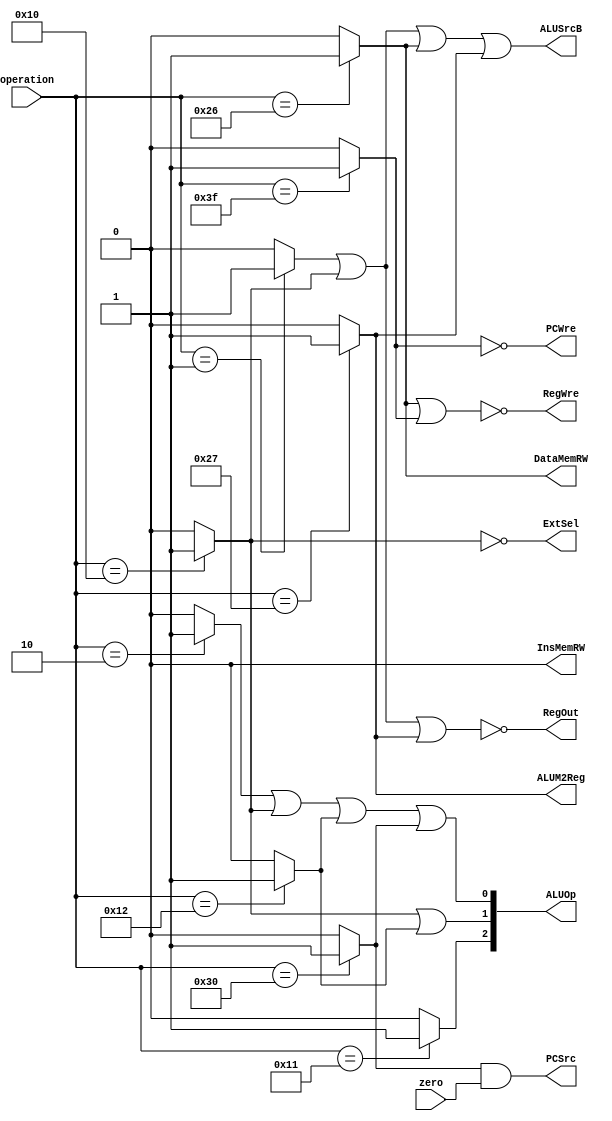
`timescale 1ns / 1ps
//////////////////////////////////////////////////////////////////////////////////
// Company: 
// Engineer: 
// 
// Design Name: 
// Module Name:    ControlUnit 
// Project Name: 
// Target Devices: 
// Tool versions: 
// Description: 
//
// Dependencies: 
//
// Revision: 
// Revision 0.01 - File Created
// Additional Comments: 
//
//////////////////////////////////////////////////////////////////////////////////
module ControlUnit(
	input[5:0] operation,
    input zero,
    output  PCWre,
    output  ALUSrcB,
    output  ALUM2Reg,
    output  RegWre,
    output  InsMemRW,
    output  DataMemRW,
    output  ExtSel,
    output  PCSrc,
    output  RegOut,
    output[2:0] ALUOp
    );

// Symbolic constants
	parameter ADD = 6'b000000,
			  ADDI = 6'b000001,
			  SUB = 6'b000010,
			  ORI = 6'b010000,
              AND = 6'b010001,
              OR = 6'b010010,
              MOVE = 6'b100000,
              SW = 6'b100110,
              LW = 6'b100111,
              BEQ = 6'b110000,
              HALT = 6'b111111;
	reg i_add, i_addi, i_sub, i_ori, i_and, i_or, i_move, i_sw, i_lw, i_beq, i_halt;

	always@(operation) begin
            i_add = 0;
            i_addi = 0;
            i_sub = 0;
            i_ori = 0;
            i_and = 0;
            i_or = 0;
            i_move = 0;
            i_sw = 0;
            i_lw = 0;
            i_beq = 0;
            i_halt = 0;
            case(operation)
                ADD: i_add = 1;
                ADDI: i_addi = 1;
                SUB: i_sub = 1;
                ORI: i_ori = 1;
                AND: i_and = 1;
                OR: i_or = 1;
                MOVE: i_move = 1;
                SW: i_sw = 1;
                LW: i_lw = 1;
                BEQ: i_beq = 1;
                HALT: i_halt = 1;
            endcase
        end

// Combinational logic of control lines
        assign PCWre = !i_halt;
        assign ALUSrcB = i_addi || i_ori || i_sw || i_lw;
        assign ALUM2Reg = i_lw;
        assign RegWre = !(i_sw || i_halt);
        assign InsMemRW = 0;
        assign DataMemRW = i_sw;
        assign ExtSel = !i_ori;
        assign PCSrc = (i_beq && zero);
        assign RegOut = !(i_addi || i_ori || i_lw);
        assign ALUOp = {i_and, i_ori || i_or, i_sub || i_ori || i_or || i_beq};

        
endmodule